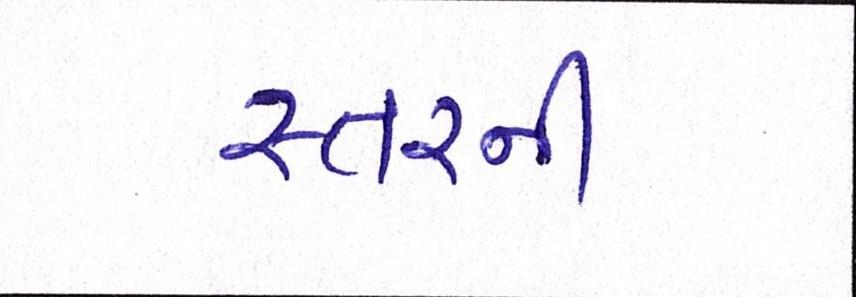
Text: સ્તરની